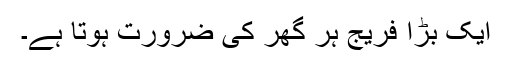
ایک بڑا فریج ہر گھر کی ضرورت ہوتا ہے۔